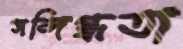
সন্দিগ্ধতা